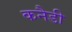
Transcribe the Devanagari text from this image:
कनैडी